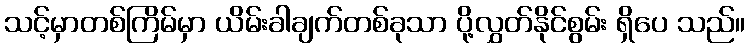
သင့်မှာတစ်ကြိမ်မှာ ယိမ်းခါချက်တစ်ခုသာ ပို့လွှတ်နိုင်စွမ်း ရှိပေ သည်။